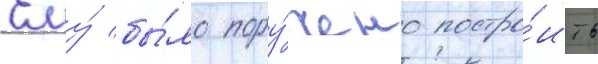
Ему́ бы́ло пору́чено постро́ить